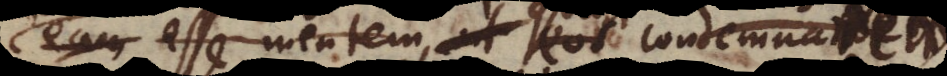
eam esse mentem, ut eos condemnatos